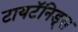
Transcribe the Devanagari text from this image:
टायटॅनिड्स